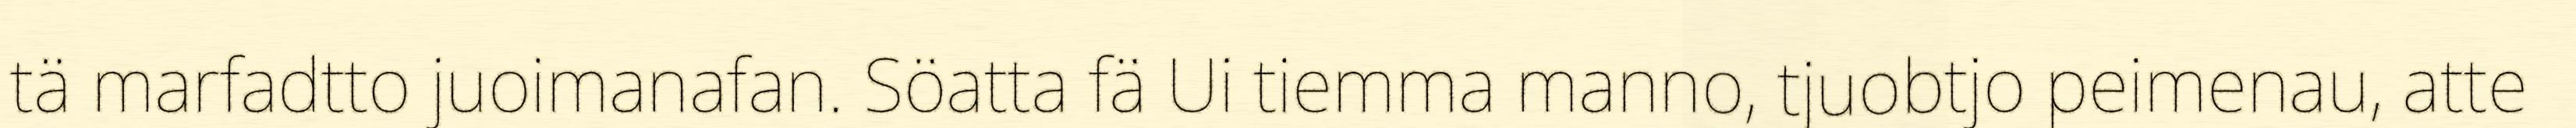
tä marfadtto juoimanafan. Söatta fä Ui tiemma manno, tjuobtjo peimenau, atte